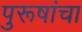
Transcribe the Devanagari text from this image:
पुरूषांचा